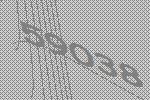
59038